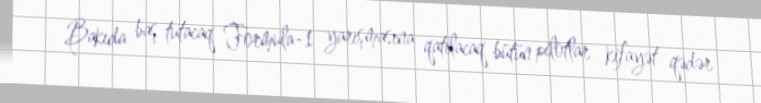
Bakıda baş tutacaq Formula-1 yarışmasına qatılacaq bütün pilotlar kifayət qədər